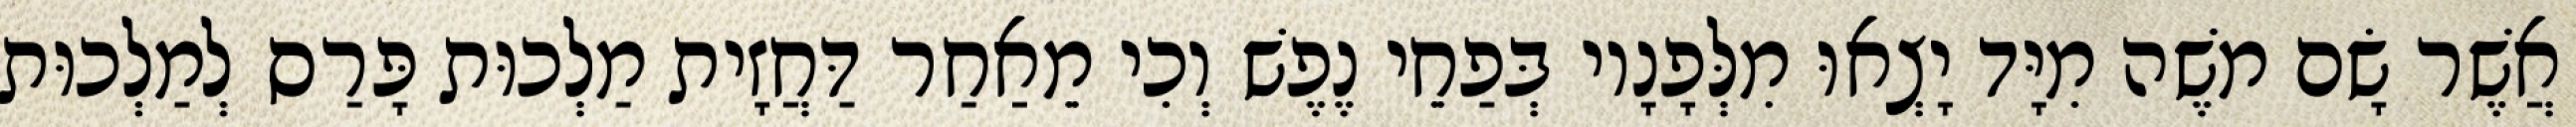
אֲשֶׁר שָׂם מֹשֶׁה מִיָּד יָצְאוּ מִלְּפָנָיו בְּפַחֵי נֶפֶשׁ וְכִי מֵאַחַר דַּחֲזָית מַלְכוּת פָּרַס לְמַלְכוּת